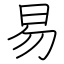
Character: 易